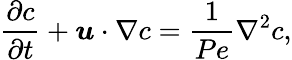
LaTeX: \frac{\partial c}{\partial t}+\boldsymbol{u}\cdot\nabla c=\frac{1}{Pe}\nabla^{2}c,